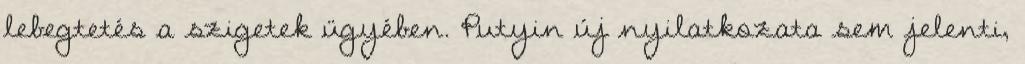
lebegtetés a szigetek ügyében. Putyin új nyilatkozata sem jelenti,